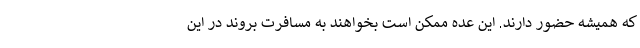
که همیشه حضور دارند. این عده ممکن است بخواهند به مسافرت بروند در این